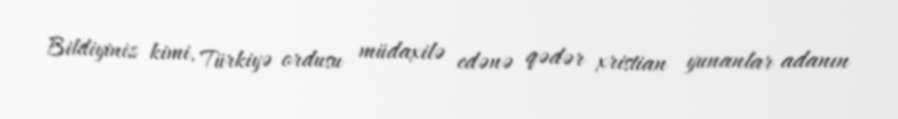
Bildiyiniz kimi, Türkiyə ordusu müdaxilə edənə qədər xristian yunanlar adanın